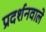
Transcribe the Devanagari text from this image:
प्रदर्शनवाले